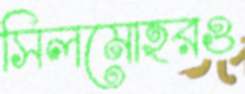
সিলমোহরও